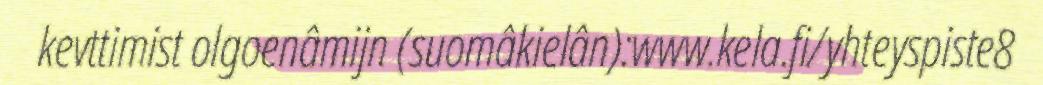
kevttimist olgoenâmijn (suomâkielân):www.kela.fi/yhteyspiste8